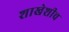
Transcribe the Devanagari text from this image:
शाखेशीच